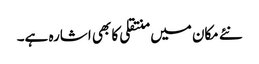
نئے مکان میں منتقلی کا بھی اشارہ ہے۔